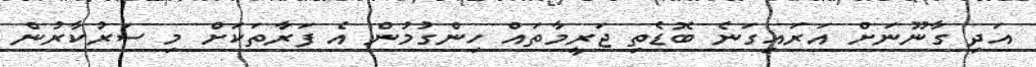
އަދި ގާނޫނަށް އަރައިގަނެ ބޮޑެތި ޖަރީމާތައް ހިންގުމުން އެ ފަރާތަކަށް މި ސަރުކާރުން